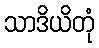
သာဒိယိတုံ